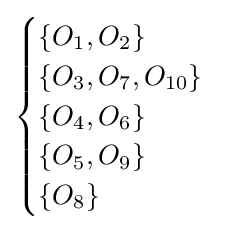
{\begin{cases}\{O_{1},O_{2}\}\\\{O_{3},O_{7},O_{10}\}\\\{O_{4},O_{6}\}\\\{O_{5},O_{9}\}\\\{O_{8}\}\end{cases}}